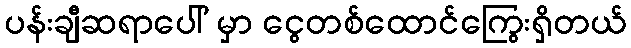
ပန်းချီဆရာပေါ် မှာ ငွေတစ်ထောင်ကြွေးရှိတယ်